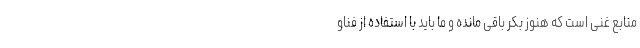
منابع غنی است که هنوز بکر باقی مانده و ما باید با استفاده از فناو